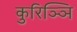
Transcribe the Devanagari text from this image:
कुरिञ्ञि